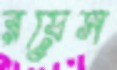
রয়েস